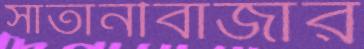
সাতানীবাজার